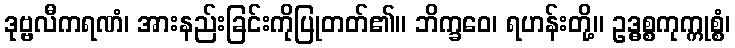
ဒုဗ္ဗလီကရဏံ၊ အားနည်းခြင်းကိုပြုတတ်၏။ ဘိက္ခဝေ၊ ရဟန်းတို့။ ဥဒ္ဓစ္စကုက္ကုစ္စံ၊